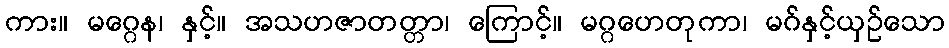
ကား။ မဂ္ဂေန၊ နှင့်။ အသဟဇာတတ္တာ၊ ကြောင့်။ မဂ္ဂဟေတုကာ၊ မဂ်နှင့်ယှဉ်သော